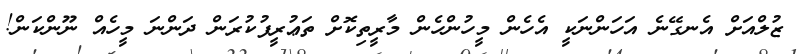
ޒުލްއަށް އެނގޭނެ އަހަންނަކީ އެހެން މީހުންހެން މާރީތިކޮށް ތަޢުރީފުކުރަން ދަންނަ މީހެއް ނޫންކަން!